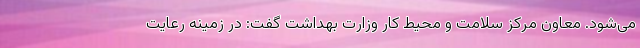
می‌شود. معاون مرکز سلامت و محیط کار وزارت بهداشت گفت: در زمینه رعایت